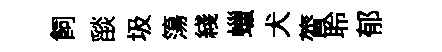
飼𦦨圾簜綫蠟犬膂聆郁